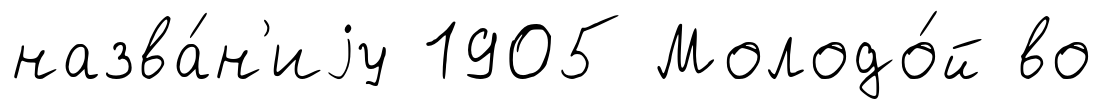
назва́н'иjу 1905 Молодо́й во